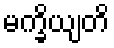
မက္ခိယျတိ